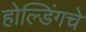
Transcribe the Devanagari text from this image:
होल्डिंगचे